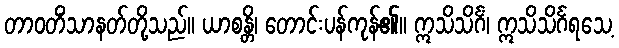
တာဝတိံသာနတ်တို့သည်။ ယာစန္တိ၊ တောင်းပန်ကုန်၏။ ဣသိသိင်္ဂံ၊ ဣသိသိင်္ဂရသေ့